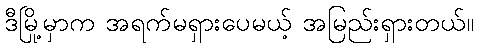
ဒီမြို့မှာက အရက်မရှားပေမယ့် အမြည်းရှားတယ်။